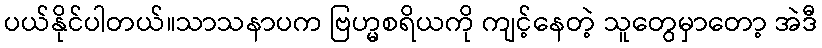
ပယ်နိုင်ပါတယ်။သာသနာပက ဗြဟ္မစရိယကို ကျင့်နေတဲ့ သူတွေမှာတော့ အဲဒီ